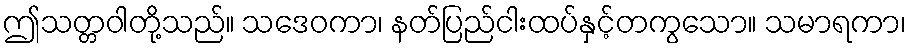
ဤသတ္တဝါတို့သည်။ သဒေဝကာ၊ နတ်ပြည်ငါးထပ်နှင့်တကွသော။ သမာရကာ၊